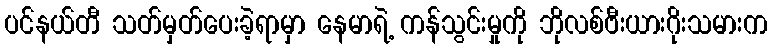
ပင်နယ်တီ သတ်မှတ်ပေးခဲ့ရာမှာ နေမာရဲ့ ကန်သွင်းမှုကို ဘိုလစ်ဗီးယားဂိုးသမားက